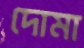
দোমা